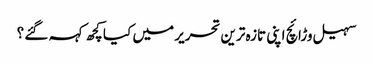
سہیل وڑائچ اپنی تازہ ترین تحریر میں کیا کچھ کہہ گئے ؟